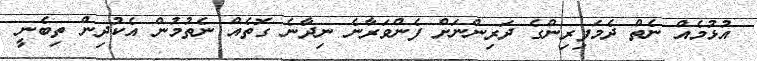
އުޅުމެއް ނެތް ދެމަފިރިންގެ ދަރިންނަށް ފެންވަރާނެ ނިދާނެ ގޮތެއް ނެތުމުން އެކުދިން ތިބެނީ